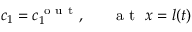
c _ { 1 } = c _ { 1 } ^ { \mathrm { ~ o ~ u ~ t ~ } } , ~ ~ ~ ~ ~ \mathrm { ~ a ~ t ~ } ~ x = l ( t )